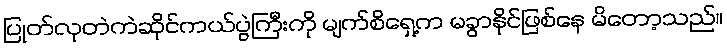
ပြုတ်လုတဲကဲဆိုင်ကယ်ပွဲကြီးကို မျက်စိရှေ့က မခွာနိုင်ဖြစ်နေ မိတော့သည်။